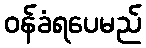
ဝန်ခံရပေမည်